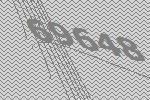
69648